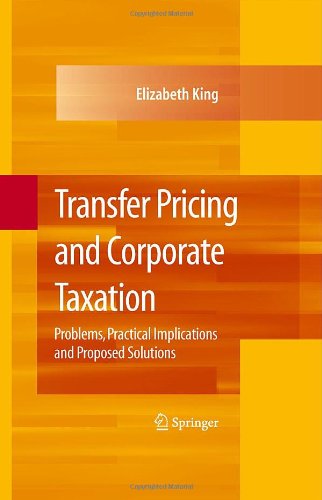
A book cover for Transfer Pricing and Corporate Taxation: Problems, Practical Implications and Proposed Solutions; Elizabeth King; Business & Money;